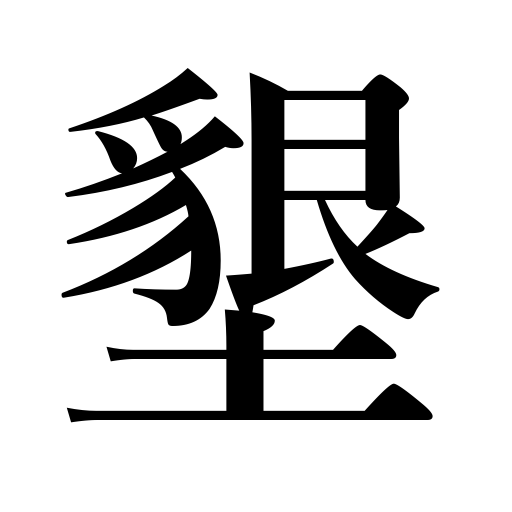
Meanings: open up farmland